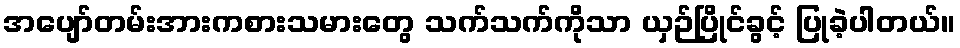
အပျော်တမ်းအားကစားသမားတွေ သက်သက်ကိုသာ ယှဉ်ပြိုင်ခွင့် ပြုခဲ့ပါတယ်။